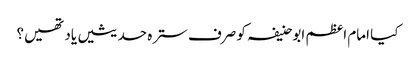
کیا امام اعظم ابوحنیفہ کو صرف سترہ حدیثیں یاد تھیں؟